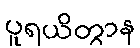
ပူရယိတွာန